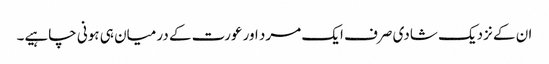
ان کے نزدیک شادی صرف ایک مرد اور عورت کے درمیان ہی ہونی چاہیے۔